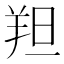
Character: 𫅑